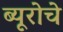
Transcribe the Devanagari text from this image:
ब्यूरोचे